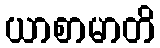
ယာစာမာတိ